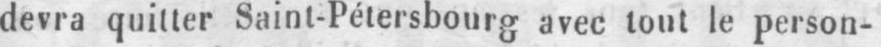
devra quitter Saint-Pétersbourg avec tout le person-